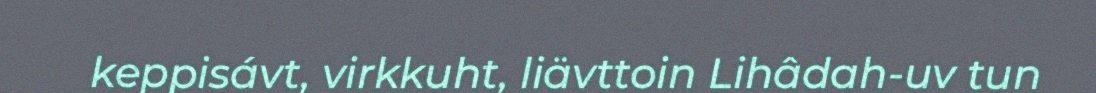
keppisávt, virkkuht, liävttoin Lihâdah-uv tun